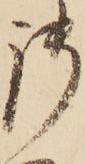
御